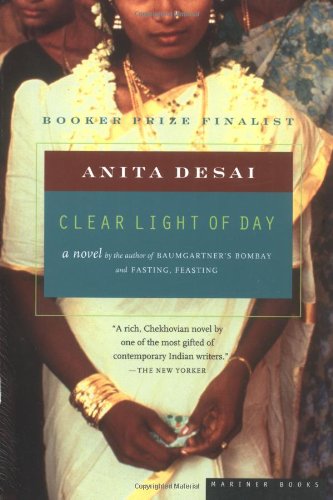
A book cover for Clear Light of Day; Anita Desai; Literature & Fiction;